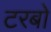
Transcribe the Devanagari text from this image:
टरबो